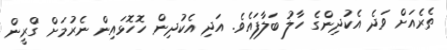
ތެރެއަށް ވަދެ އެކުދިންގެ ހާލު ބަލާފައެވެ. އަދި އެކުދިން ހޮހޮޅައިން ނެރުމަށް 'ގްރީން